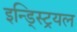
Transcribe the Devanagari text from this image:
इन्ड्स्ट्रियल